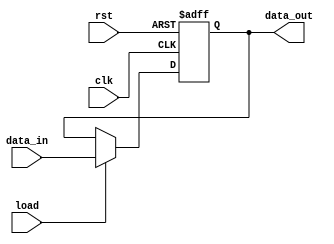
// This program was cloned from: https://github.com/the-pinbo/RISC-SPM
// License: MIT License

/* Register Unit
General purpose registers R0, R1, R2 and R3
*/

module Register_Unit #(
    parameter word_size = 8
) (
    // Ri_out
    output reg [word_size-1: 0] data_out,
    // data_in := Bus_2
    input [word_size-1: 0] data_in,
    // load := load_Ri
    input load,
    input clk, rst
);
    always @ (posedge clk or negedge rst)
        if (rst == 0) 
            data_out <= 0; 
        else if (load) 
            data_out <= data_in;
endmodule